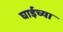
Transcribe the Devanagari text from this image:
घाईच्या